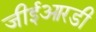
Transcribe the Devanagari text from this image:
जीईआरडी